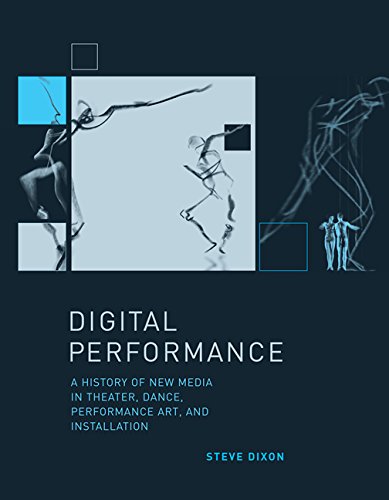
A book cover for Digital Performance: A History of New Media in Theater, Dance, Performance Art, and Installation (Leonardo Book Series); Steve Dixon; Arts & Photography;